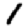
Digit: 1